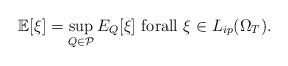
LaTeX: \begin{align*}\mathbb{E}[\xi]=\sup_{Q\in\mathcal{P}}E_{Q}[\xi] \ \text{forall}\ \xi\in L_{ip}(\Omega_T).\end{align*}